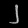
Digit: ၂